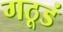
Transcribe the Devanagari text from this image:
गठूडं